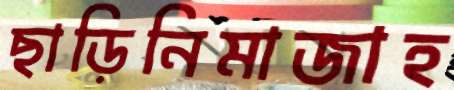
ছাড়িনিমাজাহ